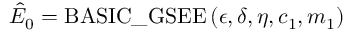
\hat { E } _ { 0 } = \mathrm { B A S I C \_ G S E E } \left( \epsilon , \delta , \eta , c _ { 1 } , m _ { 1 } \right)